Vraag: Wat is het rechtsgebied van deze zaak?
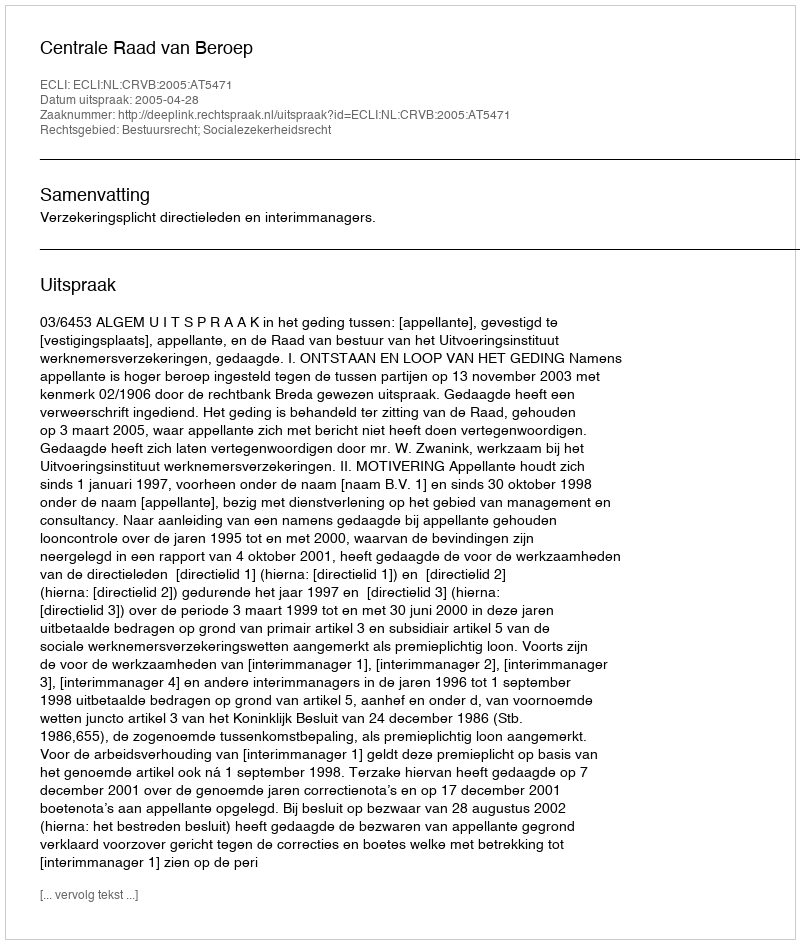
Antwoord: Bestuursrecht; Socialezekerheidsrecht